system: You are a helpful assistant.
user:
Analyze the provided spectrum to determine if it is a **"Cataclysmic Variables (CV)"**.

- **Key Indicators for CV (Check for either state):**
    - **State 1: Quiescent / Low-State (Emission-Dominated)**
        - **(Primary):** Strong and *very broad* Hydrogen Balmer emission lines (e.g., $H\alpha$ at 6563 Å, $H\beta$ at 4861 Å). The 'broadness' (high velocity dispersion, often FWHM > 1000 km/s) is the key diagnostic, indicating a high-velocity accretion disk.
        - **(Secondary):** Broad neutral Helium (He I) emission lines (e.g., 5876 Å, 6678 Å).
        - **(Key Confirmation):** Presence of high-excitation *ionized* Helium (He II) emission at 4686 Å. This is a strong indicator of accretion onto a white dwarf.
        - **(Line Profile):** Emission lines may exhibit a 'double-peaked' profile, which is a classic signature of a rotating accretion disk viewed at high inclination.

    - **State 2: Outburst / High-State (Absorption-Dominated)**
        - **(Primary):** Spectrum is dominated by a bright, blue continuum (looks like a hot star).
        - **(Secondary):** The emission lines from State 1 are weak, absent, or 'filled in', and are replaced by broad, shallow *absorption* lines (primarily Balmer and He I).
        - **(Morphology):** The overall spectrum mimics a hot B/A-type star. The crucial difference is that the absorption lines are significantly broader, shallower, and more 'washed-out' (or 'smeared') than the sharp lines of a normal stellar photosphere, due to high rotational speeds and pressure broadening in the disk.

Think first, call **spectral_visualization_tool** if needed to examine features in detail, then provide your final answer. Your response must adhere to the following strict rules:
1.  **Overall Structure:** Your response must follow the format `<think>...</think> <tool_call>...</tool_call> (if a tool is used) <answer>...</answer>`.
2.  **Tool Usage Constraint:** You may only make **one** tool call per turn.
3.  **Final Answer Format:** In the `<answer>` tag, your conclusion must be inside a `\boxed{}` command (e.g., `\boxed{YES}`), followed by your justification.

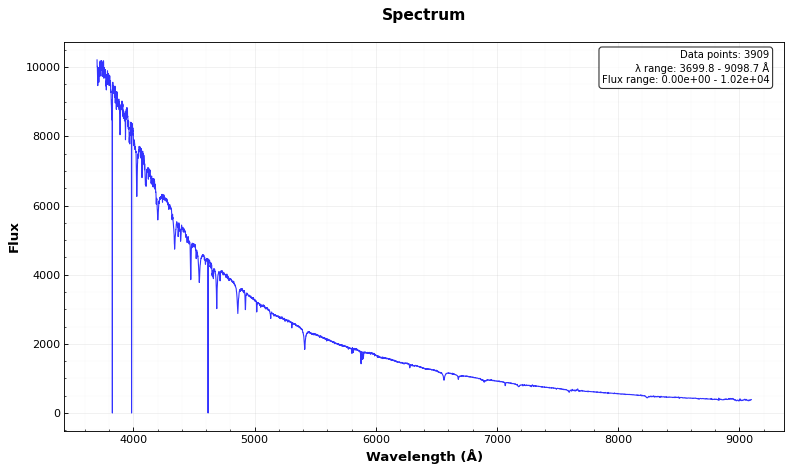
Answer: NO